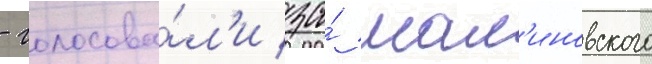
- голосова́л'и за́ мал'иновского